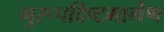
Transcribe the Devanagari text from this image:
गुरूपदिष्टमार्गेण